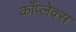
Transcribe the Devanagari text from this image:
काँप्लेक्स